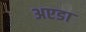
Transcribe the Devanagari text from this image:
अएडा